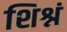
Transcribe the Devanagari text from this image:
शिश्नं